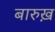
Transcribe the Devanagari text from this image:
बारुख़